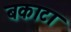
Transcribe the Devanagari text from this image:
बकाटा